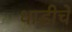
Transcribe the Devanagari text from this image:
धाडीचे